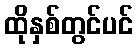
ထိုနှစ်တွင်ပင်